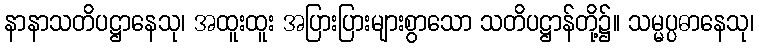
နာနာသတိပဋ္ဌာနေသု၊ အထူးထူး အပြားပြားများစွာသော သတိပဋ္ဌာန်တို့၌။ သမ္မပ္ပဓာနေသု၊